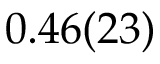
0 . 4 6 ( 2 3 )